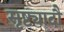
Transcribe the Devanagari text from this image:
सृष्ट्यादौ